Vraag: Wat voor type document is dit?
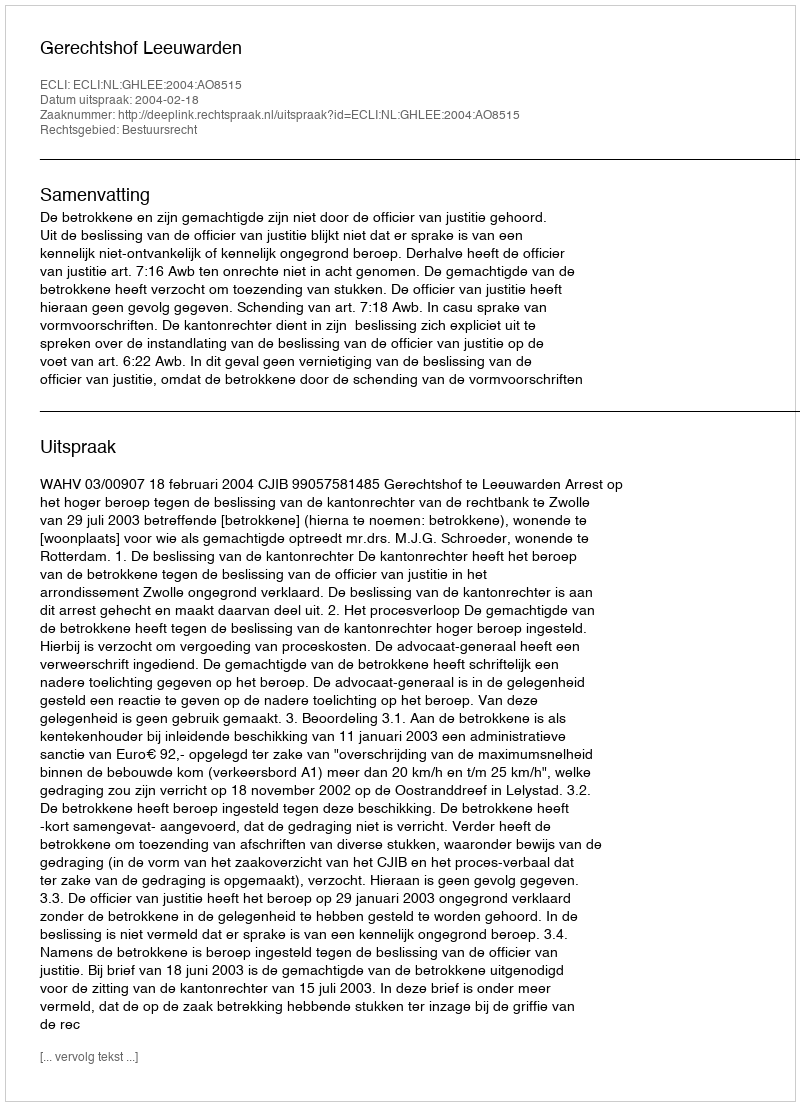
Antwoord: Uitspraak